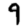
Digit: 9